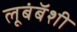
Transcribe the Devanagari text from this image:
लूबंबॅशी